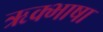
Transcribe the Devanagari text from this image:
ऋक्भाषा